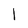
Character: I